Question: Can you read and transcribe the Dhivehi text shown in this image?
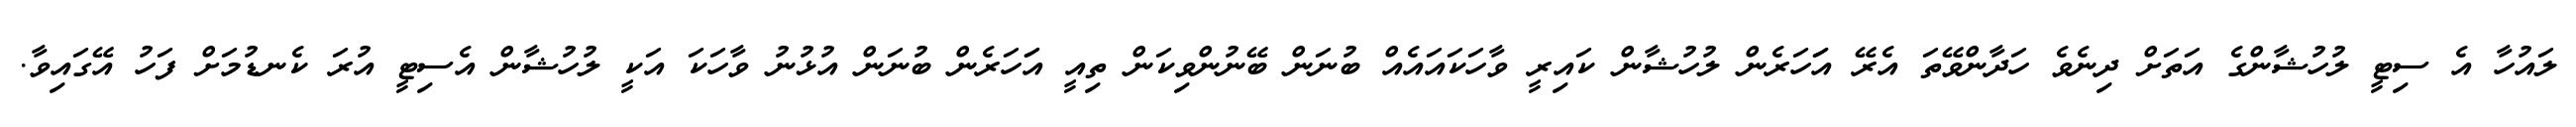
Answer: ލައުހާ އެ ސިޓީ ލުހުޝާންގެ އަތަށް ދިނެވެ ހަދާންވޭތަ އެރޭ އަަހަރެން ލުހުޝާން ކައިރީ ވާހަކައައެއް ބުނަން ބޭނުންވިކަން ތިއީ އަަހަރެން ބުނަން އުޅުނު ވާހަކަ އަކީ ލުހުޝާން އެސިޓީ އުރަ ކެނޑުމަށް ފަހު އޭގައިވާ.